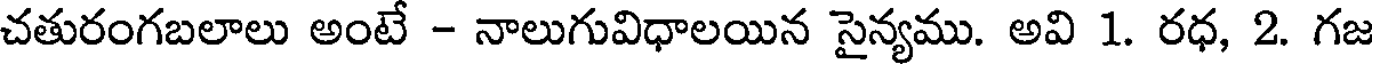
చతురంగబలాలు అంటే - నాలుగువిధాలయిన సైన్యము. అవి 1. రధ, 2. గజ